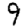
Digit: 9